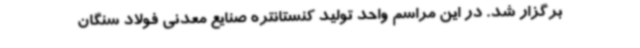
برگزار شد. در این مراسم واحد تولید کنستانتره صنایع معدنی فولاد سنگان